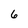
Character: 6